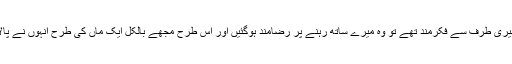
پاپا میری طرف سے فکرمند تھے تو وہ میرے ساتھ رہنے پر رضامند ہوگئیں اور اس طرح مجھے بالکل ایک ماں کی طرح انہوں نے پالا تھا۔